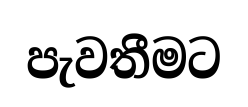
පැවතීමට